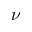
\nu